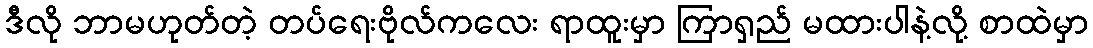
ဒီလို ဘာမဟုတ်တဲ့ တပ်ရေးဗိုလ်ကလေး ရာထူးမှာ ကြာရှည် မထားပါနဲ့လို့ စာထဲမှာ